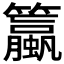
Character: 𫂯